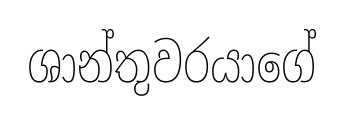
ශාන්තුවරයාගේ